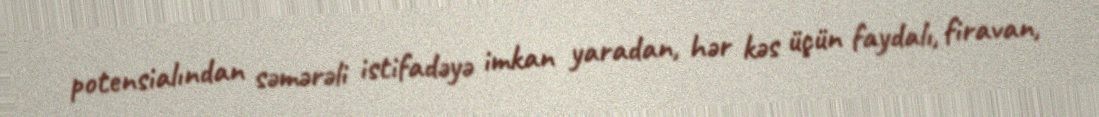
potensialından səmərəli istifadəyə imkan yaradan, hər kəs üçün faydalı, firavan,